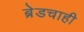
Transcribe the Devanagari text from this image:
ब्रेडचाही